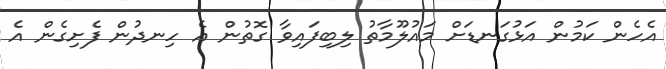
އެހެން ކަމުން އަޅުގަނޑަށް މައުލޫމާތު ލިބިފައިވާ ގޮތުން އެ ހިނދުން ފެށިގެން އެ